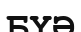
БҮӘ